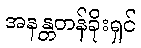
အနန္တတန်ခိုးရှင်